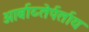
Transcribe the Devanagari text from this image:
आर्बाय्तेर्पर्ताय